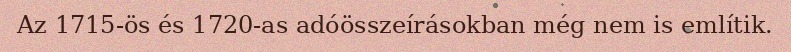
Az 1715-ös és 1720-as adóösszeírásokban még nem is említik.